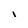
Character: I